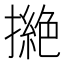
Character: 撧